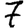
Digit: 7